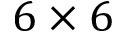
6 \times 6